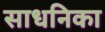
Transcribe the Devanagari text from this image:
साधनिका